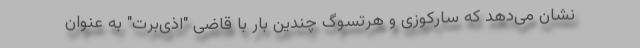
نشان می‌دهد که سارکوزی و هرتسوگ چندین بار با قاضی "اذی‌برت" به عنوان